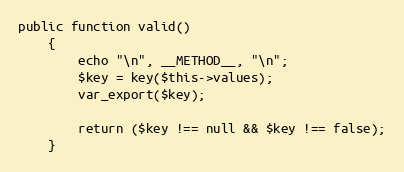
Language: PHP
public function valid()
    {
        echo "\n", __METHOD__, "\n";
        $key = key($this->values);
        var_export($key);

        return ($key !== null && $key !== false);
    }